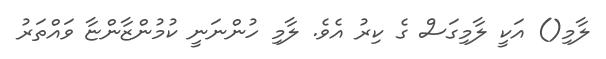
ލާމި() އަކީ ލާމިގަސް ގެ ކިރު އެވެ. ލާމި ހުންނަނީ ކުމުންޒާންޏާ ވައްތަރު